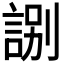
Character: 𧧸